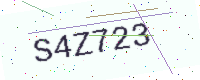
Text: S4Z723